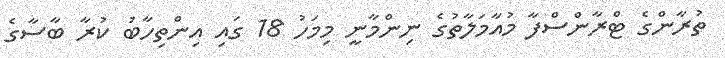
ތުރާންގެ ޓްރާންސްފާ މުއާމަލާތުގެ ނިންމާނީ މިމަހު 18 ގައި އިންތިހާބު ކުރާ ބާސާގެ